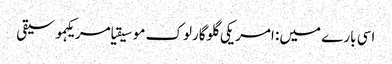
اسی بارے میں: امریکی گلوگارلوک موسیقیامریکہموسیقی